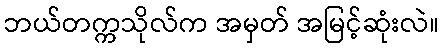
ဘယ်တက္ကသိုလ်က အမှတ် အမြင့်ဆုံးလဲ။